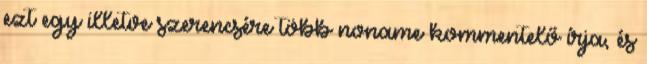
ezt egy illetve szerencsére több noname kommentelő írja, és